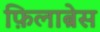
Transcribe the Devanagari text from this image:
फ़िलाब्रेस